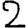
Digit: 2